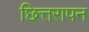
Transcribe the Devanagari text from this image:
छित्तरापन